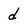
Character: d